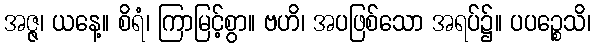
အဇ္ဇ၊ ယနေ့။ စိရံ၊ ကြာမြင့်စွာ။ ဗဟိ၊ အပဖြစ်သော အရပ်၌။ ပပဉ္စေသိ၊